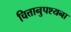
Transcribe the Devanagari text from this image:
चित्तानुपश्यना